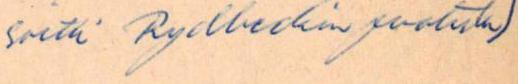
soitti Rydbeckin puolesta)